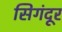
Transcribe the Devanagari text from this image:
सिगंदूर